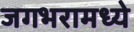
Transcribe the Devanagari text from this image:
जगभरामध्ये